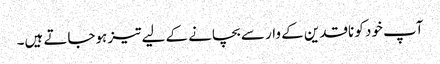
آپ خود کو ناقدین کے وار سے بچانے کے لیے تیز ہوجاتے ہیں۔